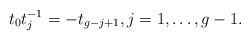
LaTeX: \begin{align*}t_0 t_j^{-1} = -t_{g-j+1}, j =1, \ldots, g-1.\end{align*}